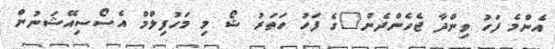
އެންމެ ފަހު ވިންދާ ޖެހެންދެން"ގެ ފަހު ހަތަރު ޝޯ މި މަހުފިލްމް އެސޯސިއޭޝަނުން